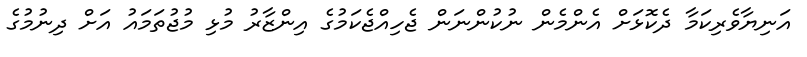
އަނިޔާވެރިކަމާ ދެކޮޅަށް އެންމެން ނުކުންނަން ޖެހިއްޖެކަމުގެ އިންޒާރު މުޅި މުޖުތަމައު އަށް ދިނުމުގެ